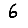
Digit: 6